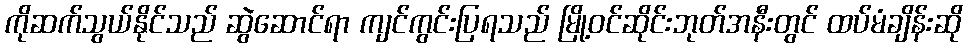
ကိုဆက်သွယ်နိုင်သည် ဆွဲဆောင်ရာ ကျင်ကွင်းပြရသည် မြို့ဝင်ဆိုင်းဘုတ်အနီးတွင် ထပ်မံချိန်းဆို